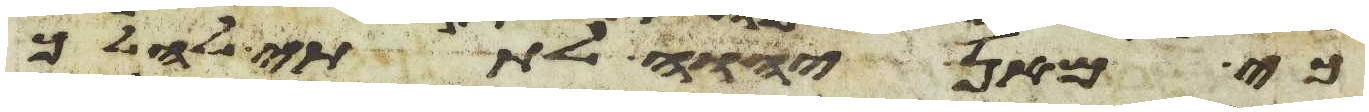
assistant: כי מאן יהוה לתתי להלך